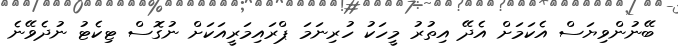
ބޭނުންވިޔަސް އެކަމަށް އެދޭ އިތުރު މީހަކު ހުރިނަމަ ޕްރައިމަރީއަކަށް ނުގޮސް ޓިކެޓު ނުދެވޭނެ